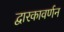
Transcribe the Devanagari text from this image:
द्वारकावर्णन